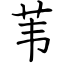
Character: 苇